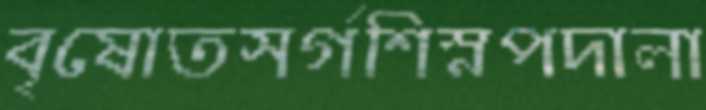
বৃষোতসর্গশিস্নপদালা